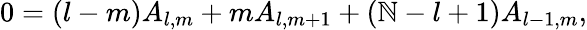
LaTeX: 0=(l-m)A_{l,m}+mA_{l,m+1}+(\mathbb{N}-l+1)A_{l-1,m},